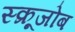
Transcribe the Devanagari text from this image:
स्क्रूजोब